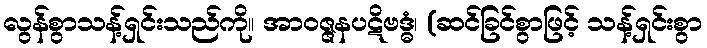
လွန်စွာသန့်ရှင်းသည်ကို။ အာဝဇ္ဇနပဋိဗဒ္ဓံ၊ (ဆင်ခြင်စွာဖြင့် သန့်ရှင်းစွာ